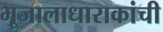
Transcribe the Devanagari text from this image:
भूजालाधाराकांची